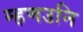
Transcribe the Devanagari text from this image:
म्हणउनि